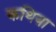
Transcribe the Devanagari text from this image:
कथिया